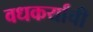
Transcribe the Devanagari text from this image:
वधकर्यांची